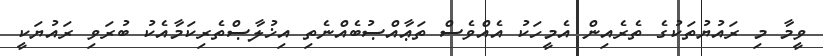
ވީމާ މި ރައުޔުތަކުގެ ތެރެއިން އެމީހަކު އެއްވެސް ތަޢާއްޞުބެއްނެތި އިޚުލާޞްތެރިކަމާއެކު ބުރަވި ރައުޔަކީ